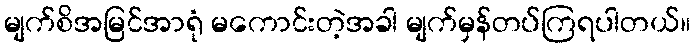
မျက်စိအမြင်အာရုံ မကောင်းတဲ့အခါ မျက်မှန်တပ်ကြရပါတယ်။